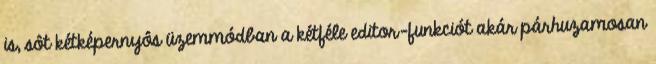
is, sôt kétképernyôs üzemmódban a kétféle editor-funkciót akár párhuzamosan